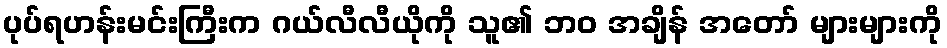
ပုပ်ရဟန်းမင်းကြီးက ဂယ်လီလီယိုကို သူ၏ ဘဝ အချိန် အတော် များများကို